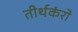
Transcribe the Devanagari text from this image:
तीर्थकंरो